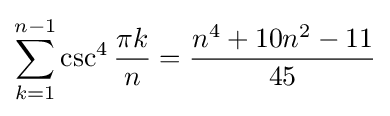
\sum _{k=1}^{n-1}\csc ^{4}{\frac {\pi k}{n}}={\frac {n^{4}+10n^{2}-11}{45}}